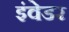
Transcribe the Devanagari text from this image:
इंवेडर